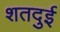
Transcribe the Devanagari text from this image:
शतदुई